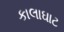
કાલાઘાટ